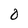
Character: O